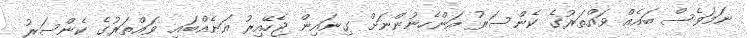
ނަމަވެސް ބައެއް ވައްތަރުގެ ކެންސަރު އަންހެނުންނަށް ގިނައިން ޖެހޭއިރު އަނެއްބައި ވައްތަރުގެ ކެންސަރު